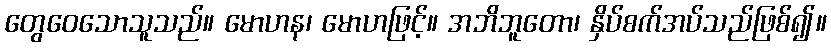
တွေဝေသောသူသည်။ မောဟန၊ မောဟဖြင့်။ အဘိဘူတော၊ နှိပ်စက်အပ်သည်ဖြစ်၍။